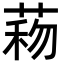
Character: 𦴙